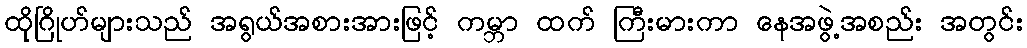
ထိုဂြိုဟ်များသည် အရွယ်အစားအားဖြင့် ကမ္ဘာ ထက် ကြီးမားကာ နေအဖွဲ့အစည်း အတွင်း